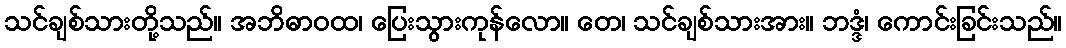
သင်ချစ်သားတို့သည်။ အဘိဓာဝထ၊ ပြေးသွားကုန်လော။ တေ၊ သင်ချစ်သားအား။ ဘဒ္ဒံ၊ ကောင်းခြင်းသည်။